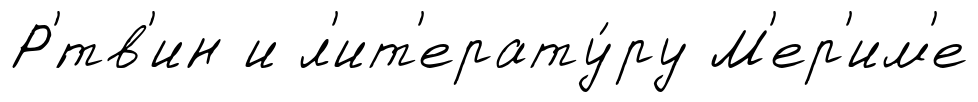
Р'́тв'ин и л'ит'ерату́ру М'ер'им'е